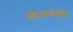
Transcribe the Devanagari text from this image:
भोजनग्रह